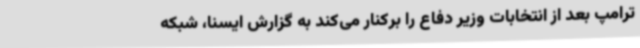
ترامپ بعد از انتخابات وزیر دفاع را برکنار می‌کند به گزارش ایسنا، شبکه